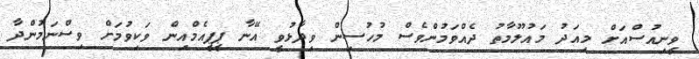
ވީނިއުސްއަށް މިއަދު މައުލޫމާތު ދެއްވަމުންވެސް މުހުސިން ވިދާޅުވީ އޭނާ ޕީޕީއެމްއިން ވަކިވުމަށް ވިސްނަމުންދާ